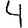
Digit: 4